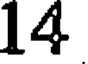
14